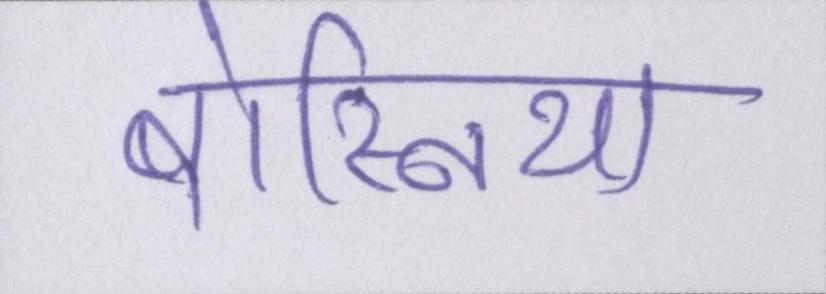
बोस्निया